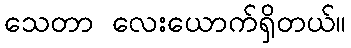
သေတာ လေးယောက်ရှိတယ်။